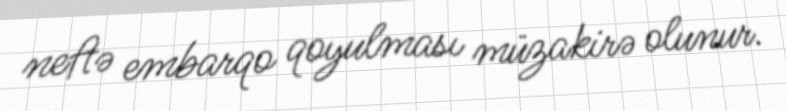
neftə embarqo qoyulması müzakirə olunur.